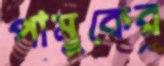
পামুকের